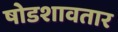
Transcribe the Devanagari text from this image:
षोडशावतार